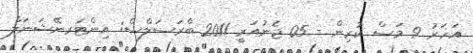
އަހަރު 9 މަސް ކުރިން - 05 ޖެނުއަރީ 2011 ބްރަސަލްސް: އިންޓަރނޭޝަނަލް